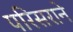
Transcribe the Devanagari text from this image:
परिसराने